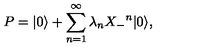
P = | 0 \rangle + \sum _ { n = 1 } ^ { \infty } \lambda _ { n } { X _ { - } } ^ { n } | 0 \rangle ,